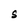
Character: S